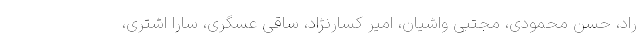
راد، حسن محمودی، مجتبی واشیان، امیر کسارنژاد، ساقی عسگری، سارا اشتری،